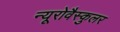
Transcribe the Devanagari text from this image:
न्यूरोवैस्कुलर